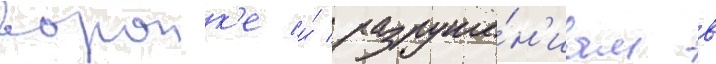
воронк'е и́ разруше́н'иам в